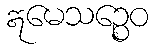
ဣမေသဉ္စေဝ